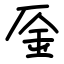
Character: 㕋